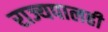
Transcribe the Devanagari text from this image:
राज्यपालही